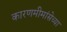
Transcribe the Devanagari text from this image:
कारणमीमांसेच्या